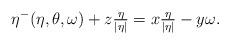
LaTeX: \begin{align*}\eta^-(\eta,\theta,\omega)+z\tfrac{\eta}{|\eta|}= x\tfrac{\eta}{|\eta|} - y\omega .\end{align*}